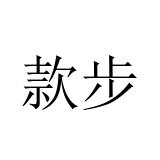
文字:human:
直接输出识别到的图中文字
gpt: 款步